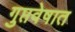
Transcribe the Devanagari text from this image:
गुप्तवेषात